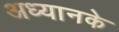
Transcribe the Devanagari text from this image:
अध्यानके